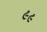
૯૯